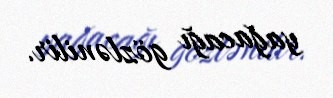
yağacağı gözlənilir.